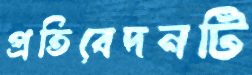
প্রতিবেদনটি